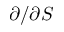
\partial / \partial S